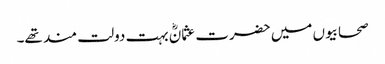
صحابیوں میں حضرت عثمانؓ بہت دولت مند تھے۔